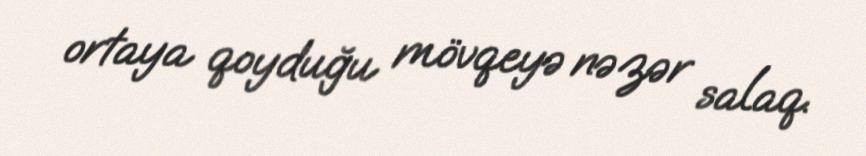
ortaya qoyduğu mövqeyə nəzər salaq.